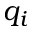
q _ { i }